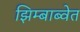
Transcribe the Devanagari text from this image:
झिम्बाब्वेत